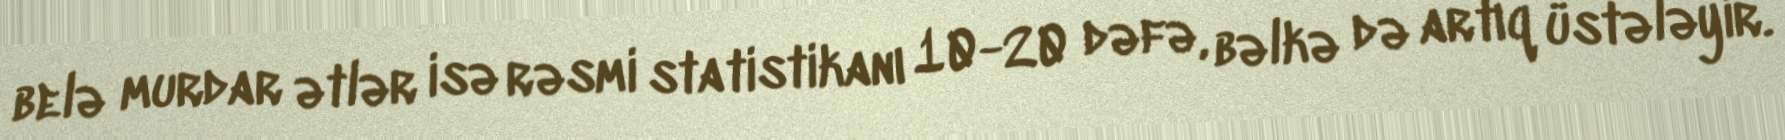
belə murdar ətlər isə rəsmi statistikanı 10-20 dəfə, bəlkə də artıq üstələyir.